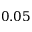
0 . 0 5